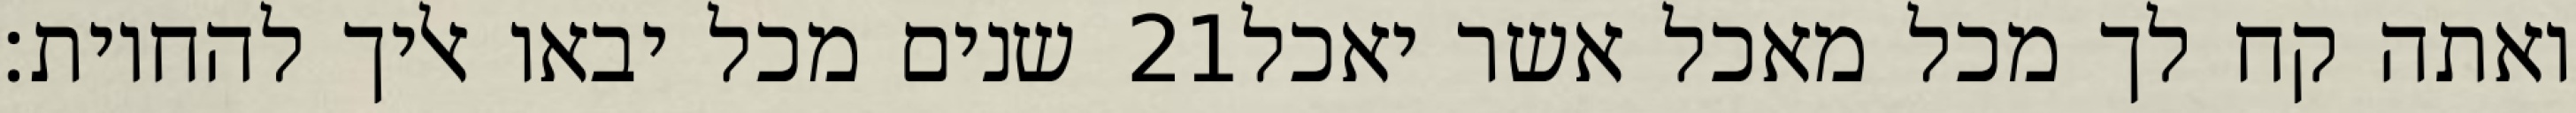
שנים מכל יבאו אליך להחיות׃ ‎21‏ ואתה קח לך מכל מאכל אשר יאכל